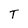
Character: T